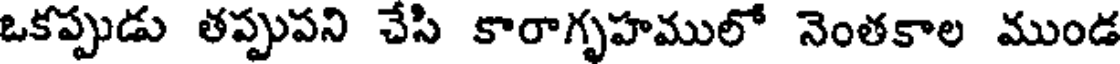
ఒకప్పుడు తప్పుపని చేసి కారాగృహములో నెంతకాల ముండ